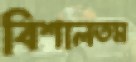
বিশালতম